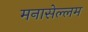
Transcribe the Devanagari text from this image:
मनासेल्लम